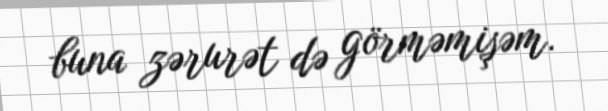
buna zərurət də görməmişəm.